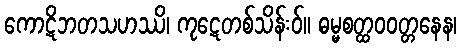
ကောဋိဘတသဟဿိ၊ ကုဋေတစ်သိန်းဝ်။ ဓမ္မစတ္ထဝဝတ္တနေန၊